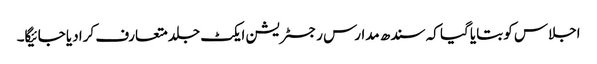
اجلاس کو بتایا گیا کہ سندھ مدارس رجسٹریشن ایکٹ جلد متعارف کرا دیا جائیگا۔